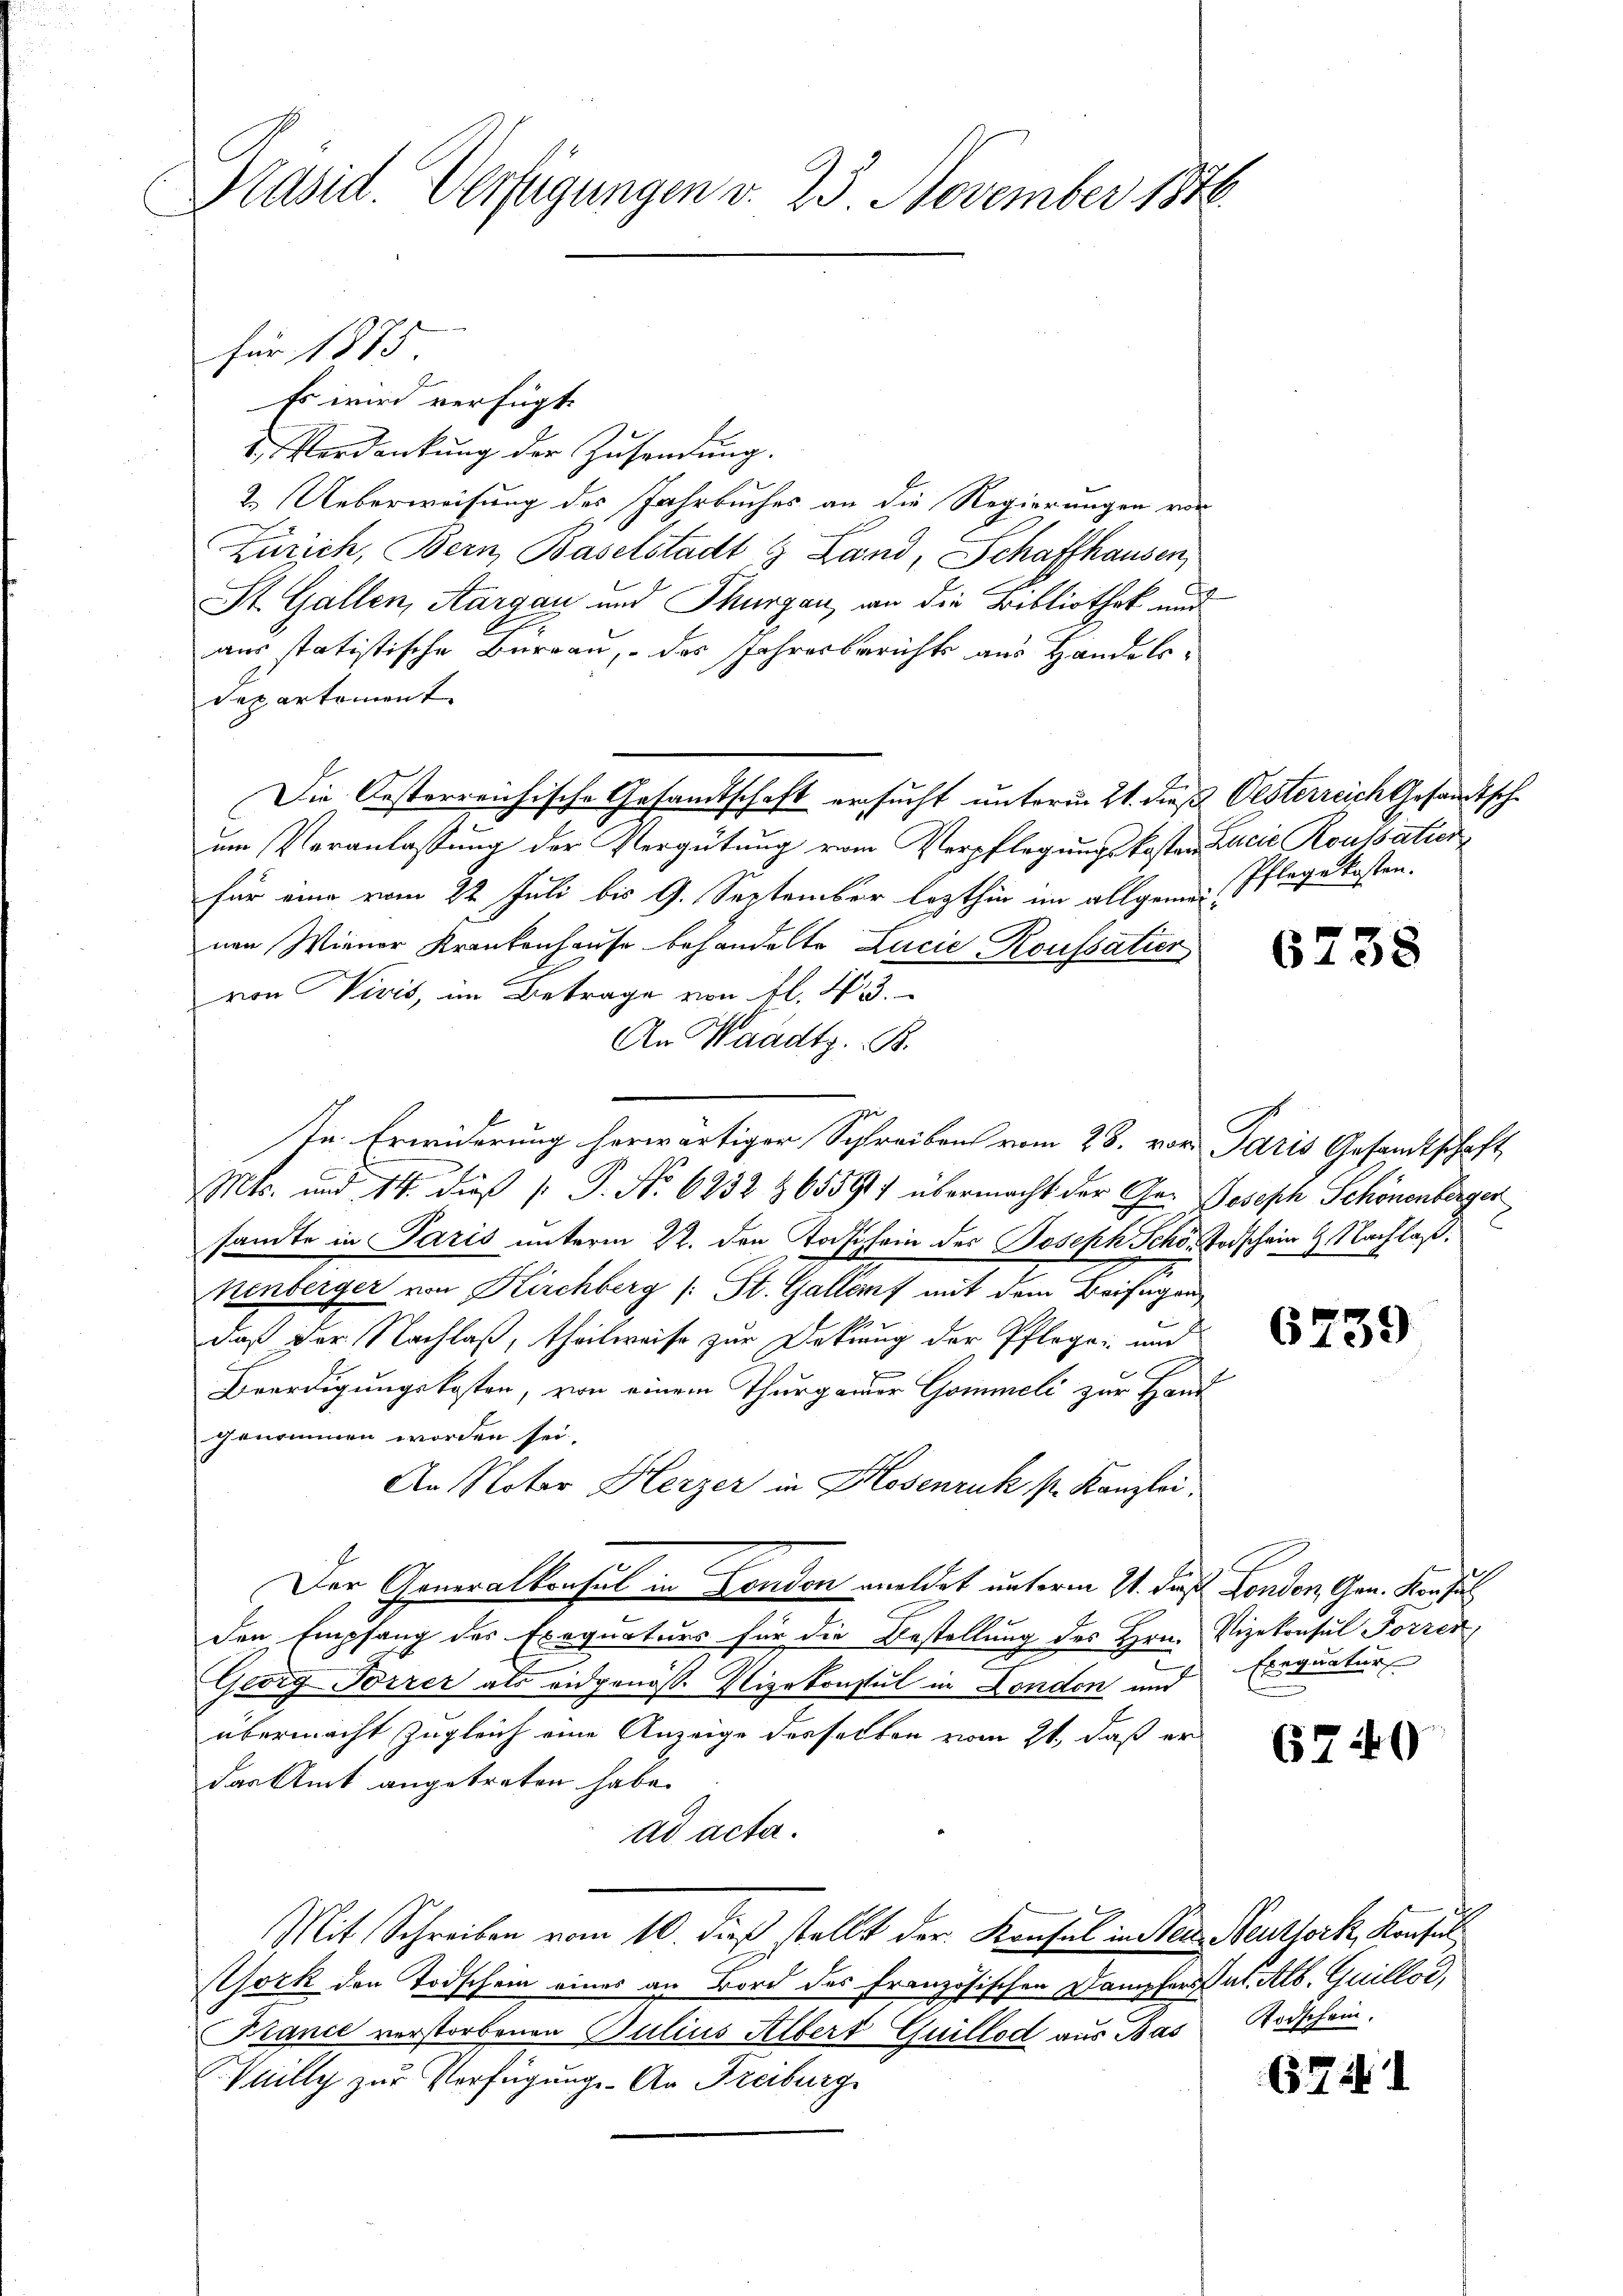
Präsid. Verfügungen v. 25. November 1848.

Es wird verfügt:
 Verdankŭng der Zŭsendung.
2. Ueberweisung des Jahrbuches an die Regierungen von
E
Zürich, Bern, Baselstadt & Land, Schaffhausen,
St. Gallen, Aargau und Thurgau, an die Bibliothek und
aus statistische Burgau, das Jahresberichts aus Handels-
departement.
Die Oesterreichische Gesandtschaft ersucht unterm 21. dieß Oesterreich Gesandtsch
um Veranlassung der Vergütung vom Verpflegungskosten Lucia Roussatier
für eine vom 22. Juli bis 9. September lezthin im allgemein Pflege kosten.
nen Wiener Krankenhause behandelte Lucia Roussatier
von Vivis, im Betrage von fl. N. 3.
An Waadt. B.
In Erwiderung herwärtiger Schreiben vom 28. vor. Paris Gesandtschaft
Mts. und 14. dieß (: P. Nr. 6232 & 65591 übermacht der Ge- Joseph Schönenberger
sandte in Paris unterm 22. den Tostsein des Joseph Schö- Todschein 9 Nachlaß.
henberger von Kirchberg (: St. Gallef mit dem Beifügung
daß der Nachlaß, theilweise zur Dekung der Pflege und
Beerdigungskosten, von einem Thurgauer Gommeli zur Hand
genommen worden sei.
An Notar Herzer in Hosenruk sr. Kanzlei
Der Generalkonsul in London meldet unterm 21. daß London, Gen. Konsul
den Empfang des Exequaturs für die Bestellung des Hrn. Vizekonsul Forrer
Georg Forrer als eidgenoss. Vizekonsul in London und Exequatur
übermacht zugleich eine Anzeige desselben vom 21., daß er
das Amt angetreten habe.
ad acta.
Mit Schreiben vom 10. dieß stellt der Konsul in der Neuthork, Konsul
Wock den Todschein eines an Bord des Französischen Dampfers das Alb. Guillod,
France verstorbenen Julius Albert Guillod aus Bas Todschein.
Veilly zur Verfügungs-An Freiburg

für 1875.

6738

C

6739

6740

624